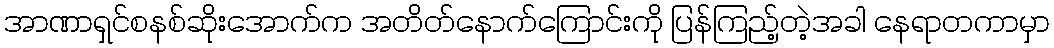
အာဏာရှင်စနစ်ဆိုးအောက်က အတိတ်နောက်ကြောင်းကို ပြန်ကြည့်တဲ့အခါ နေရာတကာမှာ